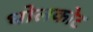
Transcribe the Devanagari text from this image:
धोलकोट